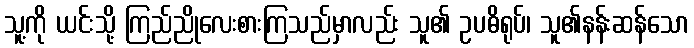
သူ့ကို ယင်းသို့ ကြည်ညိုလေးစားကြသည်မှာလည်း သူ၏ ဥပဓိရုပ်၊ သူ၏နန်းဆန်သော